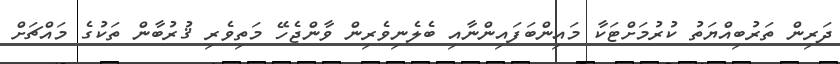
ދަރިން ތަރުބިއްޔަތު ކުރުމަށްޓަކާ މައިންބަފައިންނާއި ބެލެނިވެރިން ވާންޖެހޭ މަތިވެރި ޤުރުބާން ތަކުގެ މައްޗަށް